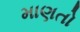
માણતો